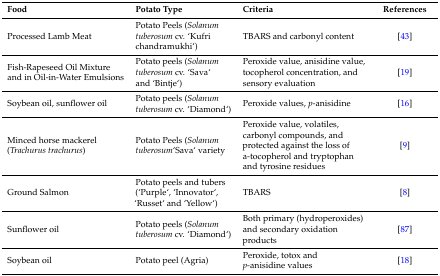
<table><thead><tr><td><b>Food</b></td><td><b>Potato Type</b></td><td><b>Criteria</b></td><td><b>References</b></td></tr></thead><tbody><tr><td>Processed Lamb Meat</td><td>Potato Peels (<i>Solanum tuberosum</i> cv. ‘Kufri chandramukhi‘)</td><td>TBARS and carbonyl content</td><td>[43]</td></tr><tr><td>Fish-Rapeseed Oil Mixture and in Oil-in-Water Emulsions</td><td>Potato peels (<i>Solanum tuberosum</i> cv. ‘Sava‘ and ‘Bintje‘)</td><td>Peroxide value, anisidine value, tocopherol concentration, and sensory evaluation</td><td>[19]</td></tr><tr><td>Soybean oil, sunflower oil</td><td>Potato peels (<i>Solanum tuberosum</i> cv. ‘Diamond‘)</td><td>Peroxide values, <i>p</i>-anisidine</td><td>[16]</td></tr><tr><td>Minced horse mackerel (<i>Trachurus trachurus</i>)</td><td>Potato Peels (<i>Solanum tuberosum</i>‘Sava‘ variety</td><td>Peroxide value, volatiles, carbonyl compounds, and protected against the loss of a-tocopherol and tryptophan and tyrosine residues</td><td>[9]</td></tr><tr><td>Ground Salmon</td><td>Potato peels and tubers (‘Purple‘, ‘Innovator‘, ‘Russet‘ and ‘Yellow‘)</td><td>TBARS</td><td>[8]</td></tr><tr><td>Sunflower oil</td><td>Potato peels (<i>Solanum tuberosum</i> cv. ‘Diamond‘)</td><td>Both primary (hydroperoxides) and secondary oxidation products</td><td>[87]</td></tr><tr><td>Soybean oil</td><td>Potato peel (Agria)</td><td>Peroxide, totox and <i>p</i>-anisidine values</td><td>[18]</td></tr></tbody></table>